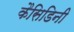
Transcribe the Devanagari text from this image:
कैसिडिनी